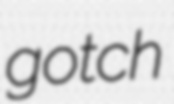
gotch